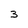
Character: 3